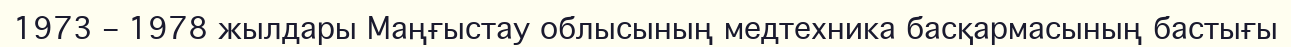
1973 – 1978 жылдары Маңғыстау облысының медтехника басқармасының бастығы